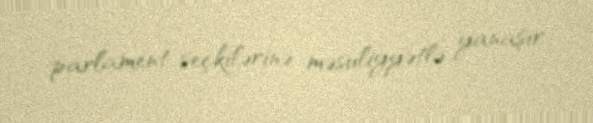
parlament seçkilərinə məsuliyyətlə yanaşır.